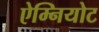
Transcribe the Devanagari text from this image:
ऐम्नियोट